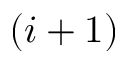
( i + 1 )